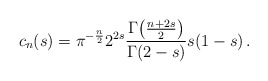
\begin{align*}c_n(s) = \pi^{-\frac{n}{2}} 2^{2s} \frac{\Gamma\bigl(\frac{n+2s}{2}\bigr)}{\Gamma(2-s)} s(1-s)\,.\end{align*}